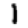
Digit: 1